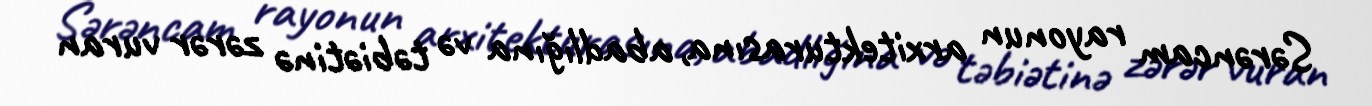
Sərəncam rayonun arxitekturasına, abadlığına və təbiətinə zərər vuran